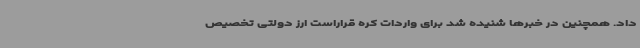
داد. همچنین در خبرها شنیده شد برای واردات کره قراراست ارز دولتی تخصیص